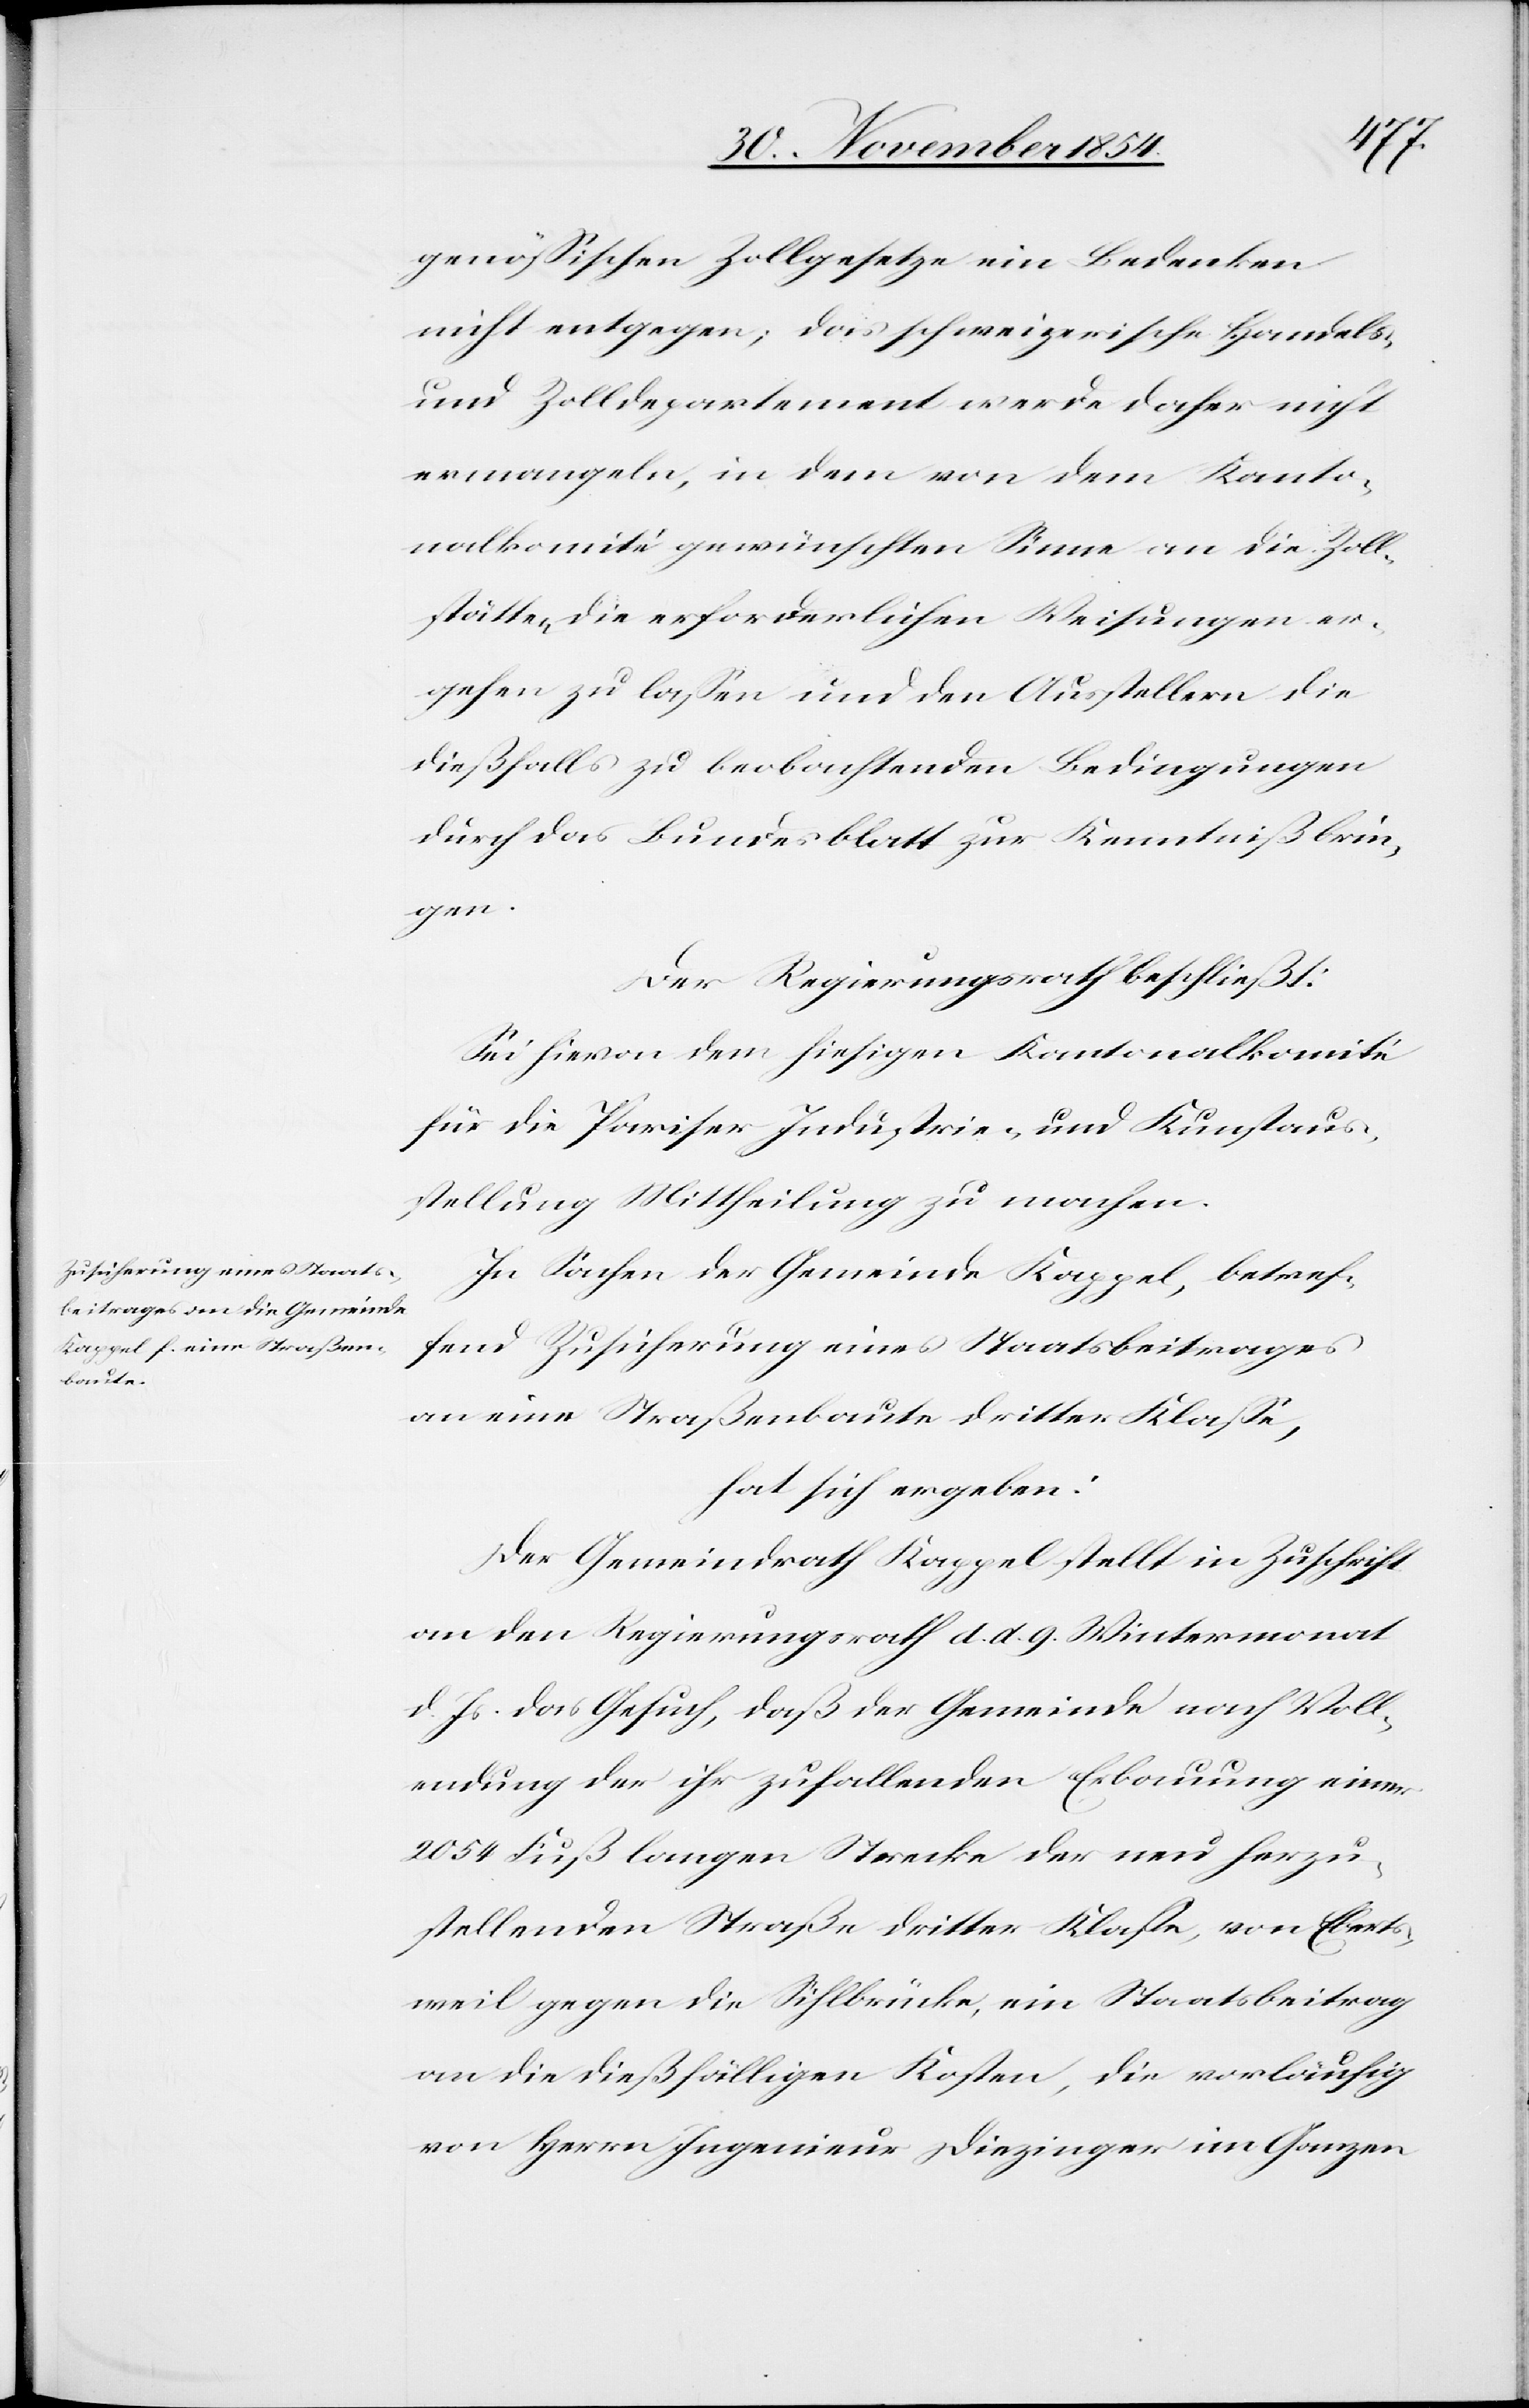
genößischen Zollgesetzte ein Bedenken
nicht entgegen; das schweizerische Handels-
und Zolldepartement werde daher nicht
ermangeln, in dem von dem Kanto¬
nalkomité gewünschten Sinne an die Zoll¬
stätten die erforderlichen Weisungen er¬
gehen zu laßen und den Ausstellern die
dießfalls zu beobachtenden Bedingungen
durch das Bundesblatt zur Kenntniß zu brin¬
gen.
Der Regierungsrath beschließt:
Sei hievon dem hiesigen Kantonalkomité
für die Pariser Industrie- und Kunstaus¬
stellung Mittheilung zu machen.
In Sachen der Gemeinde Kappel, betref¬
fend Zusicherung eines Staatsbeitrages
an eine Straßenbaute dritter Klaße,
hat sich ergeben:
Der Gemeindrath Kappel stellt in Zuschrift
an den Regierungsrath d. d. 9. Wintermonat
d. Js. das Gesuch, daß der Gemeinde nach Voll¬
endung der ihr zufallenden Erbauung einer
2054 Fuß langen Strecke der neu herzu¬
stellenden Straße dritter Klaße, von Eberts¬
weil gegen die Sihlbrücke, ein Staatsbeitrag
an die dießfälligen Kosten, die vorläufig
von Herrn Ingenieur Diezinger im Ganzen